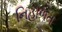
નિહાળતા